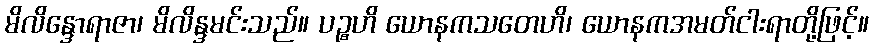
မိလိန္ဒောရာဇာ၊ မိလိန္ဒမင်းသည်။ ပဉ္စဟိ ယောနကသတေဟိ၊ ယောနကအမတ်ငါးရာတို့ဖြင့်။